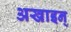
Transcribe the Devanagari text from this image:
अखाइन्